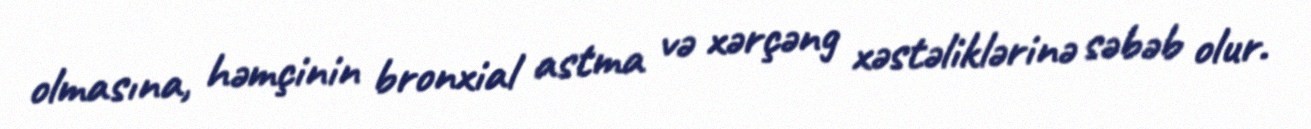
olmasına, həmçinin bronxial astma və xərçəng xəstəliklərinə səbəb olur.